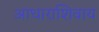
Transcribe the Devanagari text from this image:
आधाराशिवाय